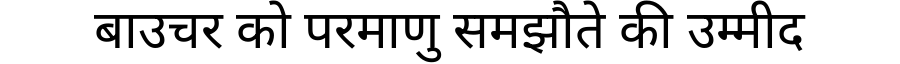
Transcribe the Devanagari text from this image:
बाउचर को परमाणु समझौते की उम्मीद